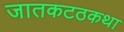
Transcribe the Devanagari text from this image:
जातकटठकथा